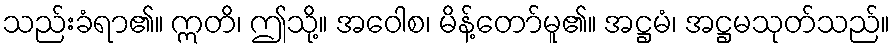
သည်းခံရာ၏။ ဣတိ၊ ဤသို့။ အဝေါစ၊ မိန့်တော်မူ၏။ အဋ္ဌမံ၊ အဋ္ဌမသုတ်သည်။